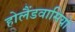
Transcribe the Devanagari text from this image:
होलैंडवासियो